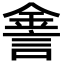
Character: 𨧕